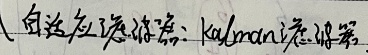
自适应滤波器：Kalman滤波器